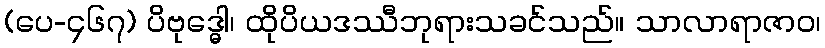
(ပေ-၄၆၇) ပိဗုဒ္ဓေါ၊ ထိုပိယဒဿီဘုရားသခင်သည်။ သာလာရာဇာဝ၊